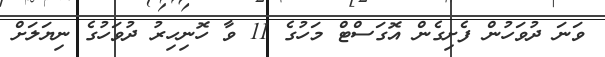
ވަނަ ދުވަހުން ފެށިގެން އޮގަސްޓް މަހުގެ 11 ވާ ހޮނިހިރު ދުވަހުގެ ނިޔަލަށް